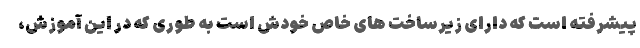
پیشرفته است که دارای زیرساخت های خاص خودش است به طوری که در این آموزش،